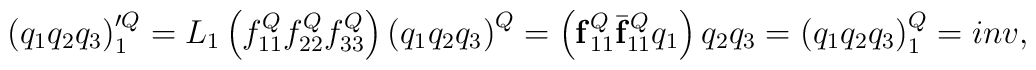
\left(q_{1}q_{2}q_{3} \right)'^{Q}_{1}=L_{1}\left( f^{Q}_{11} f^{Q}_{22} f^{Q}_{33} \right)\left( q_{1}q_{2}q_{3} \right)^{Q}=\left({\bf f}^{Q}_{11}\bar{{\bf f}}^{Q}_{11}q_{1} \right)q_{2}q_{3}=\left( q_{1}q_{2}q_{3} \right)^{Q}_{1}=inv,